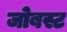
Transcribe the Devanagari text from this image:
जोबस्ट